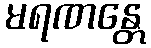
မရဏန္တေ